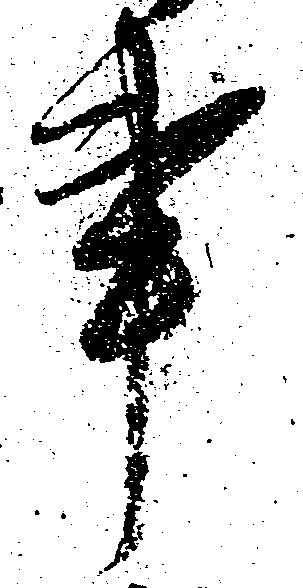
事